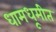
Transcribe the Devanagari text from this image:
धामधूमीत